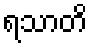
ရသာတိ